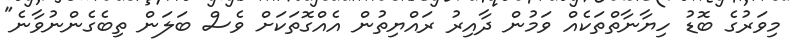
މިވަރުގެ ބޮޑު ހިޔާނާތްތަކެއް ވަމުން ދާއިރު ރައްޔިތުން އެއްގޮތަކަށް ވެސް ބަލަން ތިބެގެންނުވާނެ"